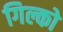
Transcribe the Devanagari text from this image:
गिल्को